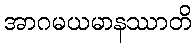
အာဂမယမာနဿာတိ